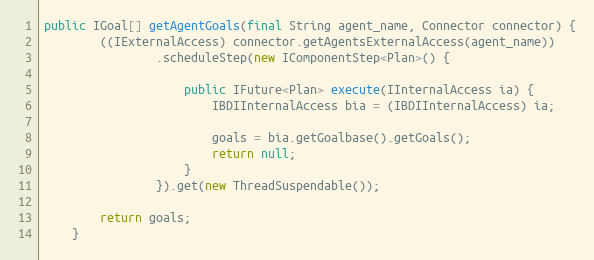
Language: Java
public IGoal[] getAgentGoals(final String agent_name, Connector connector) {
        ((IExternalAccess) connector.getAgentsExternalAccess(agent_name))
                .scheduleStep(new IComponentStep<Plan>() {

                    public IFuture<Plan> execute(IInternalAccess ia) {
                        IBDIInternalAccess bia = (IBDIInternalAccess) ia;

                        goals = bia.getGoalbase().getGoals();
                        return null;
                    }
                }).get(new ThreadSuspendable());

        return goals;
    }